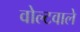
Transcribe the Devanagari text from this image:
वोल्टवाले